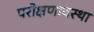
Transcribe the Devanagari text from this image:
परोक्षणावस्था